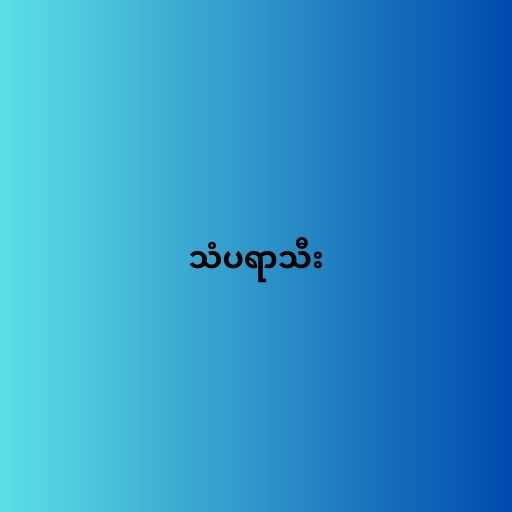
သံပရာသီး